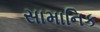
સામાનિક